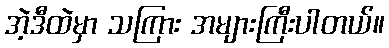
အဲ့ဒီထဲမှာ သကြား အများကြီးပါတယ်။